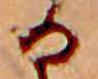
る